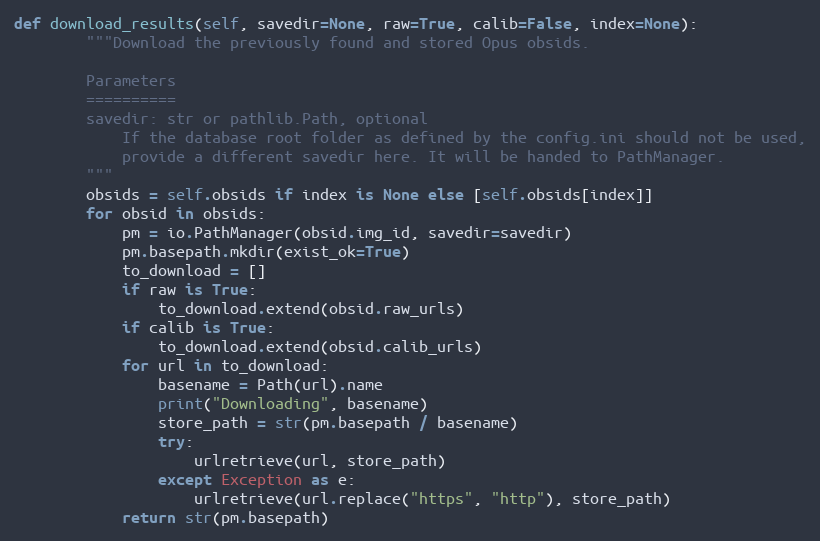
Language: Python
def download_results(self, savedir=None, raw=True, calib=False, index=None):
        """Download the previously found and stored Opus obsids.

        Parameters
        ==========
        savedir: str or pathlib.Path, optional
            If the database root folder as defined by the config.ini should not be used,
            provide a different savedir here. It will be handed to PathManager.
        """
        obsids = self.obsids if index is None else [self.obsids[index]]
        for obsid in obsids:
            pm = io.PathManager(obsid.img_id, savedir=savedir)
            pm.basepath.mkdir(exist_ok=True)
            to_download = []
            if raw is True:
                to_download.extend(obsid.raw_urls)
            if calib is True:
                to_download.extend(obsid.calib_urls)
            for url in to_download:
                basename = Path(url).name
                print("Downloading", basename)
                store_path = str(pm.basepath / basename)
                try:
                    urlretrieve(url, store_path)
                except Exception as e:
                    urlretrieve(url.replace("https", "http"), store_path)
            return str(pm.basepath)